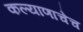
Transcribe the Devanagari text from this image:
कल्याणाचेच